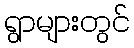
ရွာများတွင်